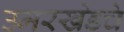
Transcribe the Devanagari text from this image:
उमरखेडचे